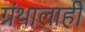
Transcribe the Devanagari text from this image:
ग्रंथालाही